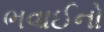
ભવાઈનો